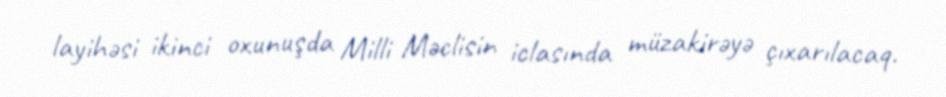
layihəsi ikinci oxunuşda Milli Məclisin iclasında müzakirəyə çıxarılacaq.